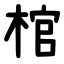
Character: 棺